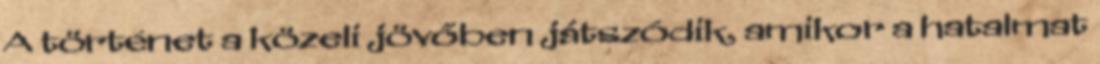
A történet a közeli jövőben játszódik, amikor a hatalmat